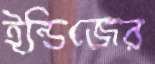
ইন্ডিজের